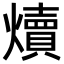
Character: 𪺁